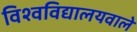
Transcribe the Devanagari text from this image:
विश्वविद्यालयवाले